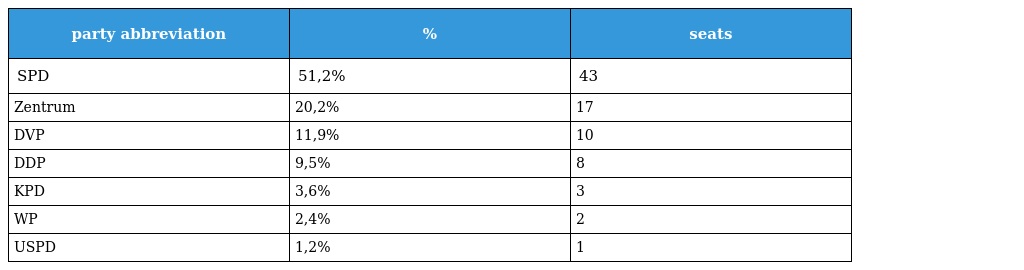
| party abbreviation | % | seats |
 | --- | --- | --- |
 | SPD | 51,2% | 43 |
 | Zentrum | 20,2% | 17 |
 | DVP | 11,9% | 10 |
 | DDP | 9,5% | 8 |
 | KPD | 3,6% | 3 |
 | WP | 2,4% | 2 |
 | USPD | 1,2% | 1 |